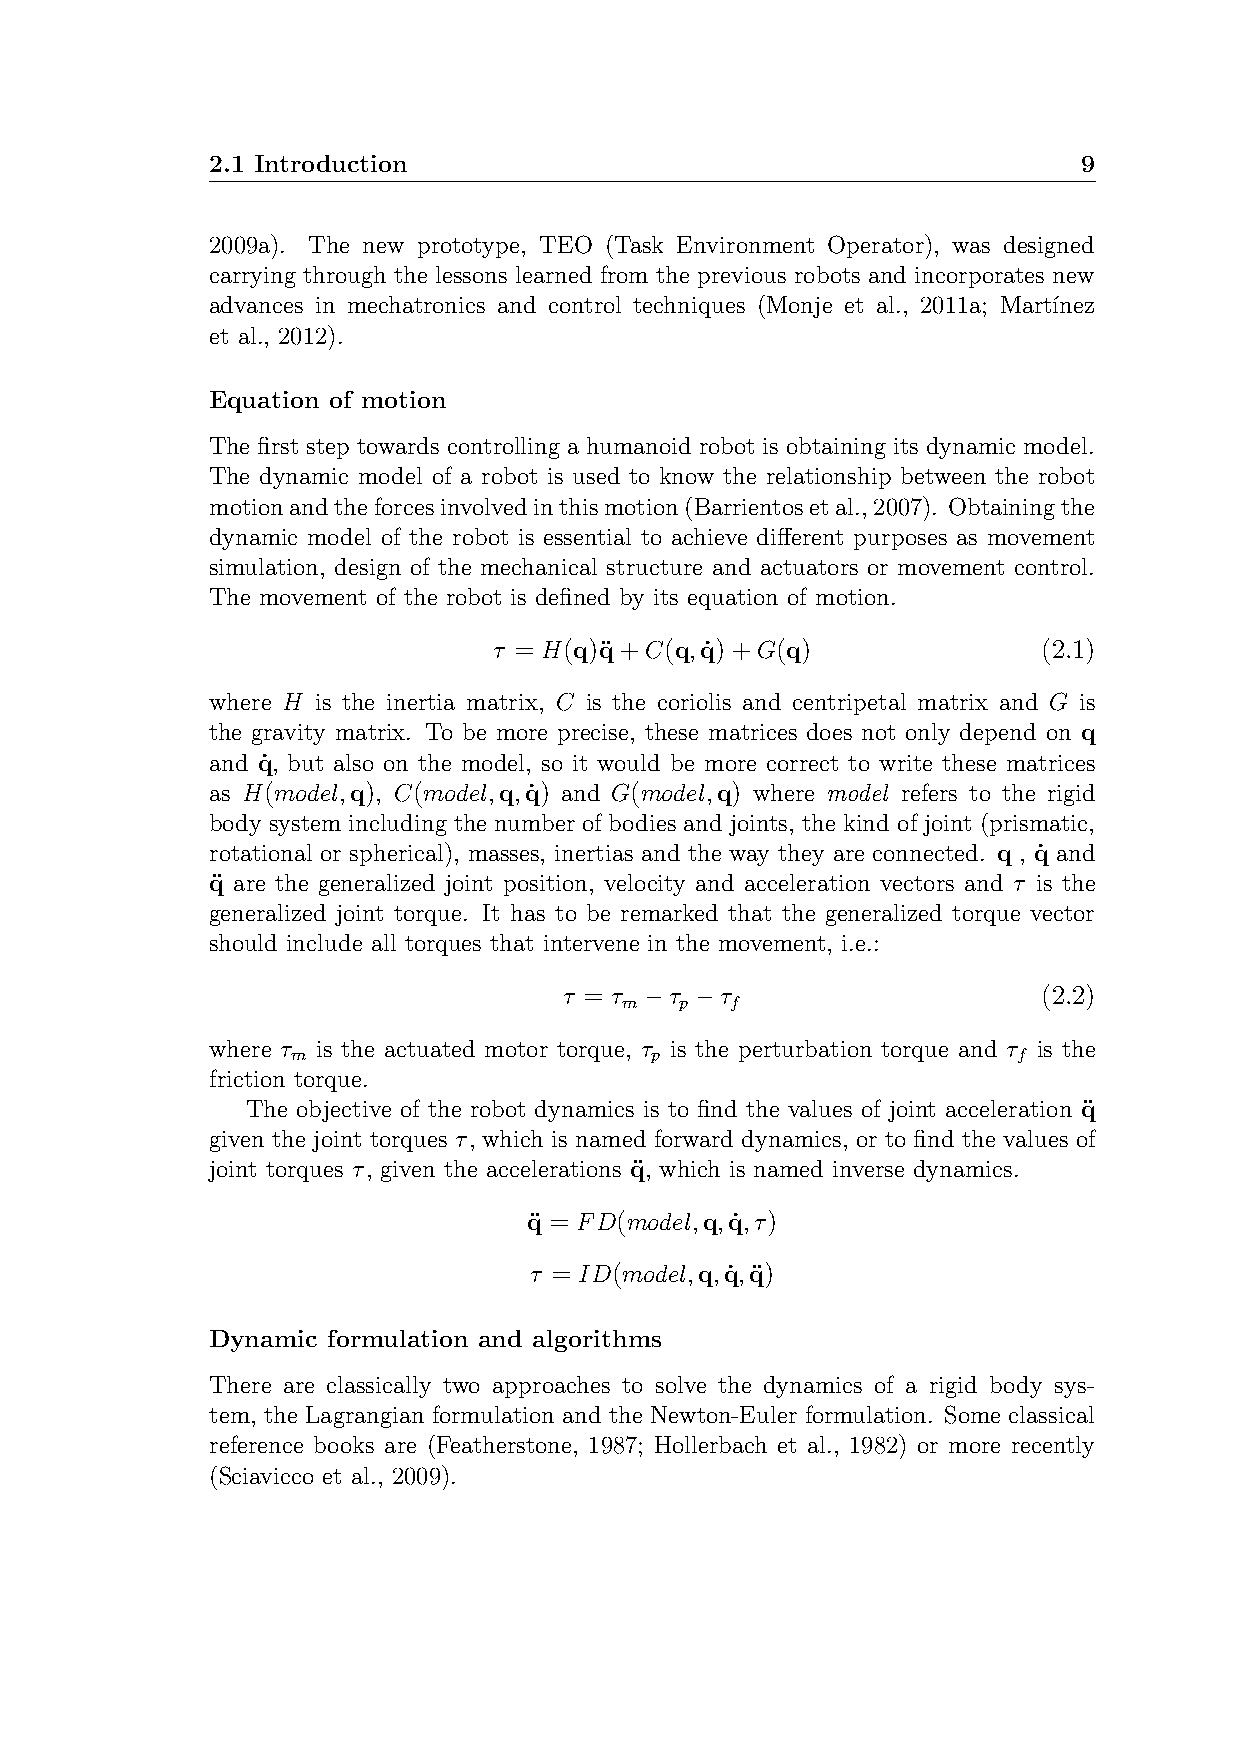
2.1 Introduction                                          9
 2009a). The new prototype, TEO (Task Environment Operator), was designed
 carrying through the lessons learned from the previous robots and incorporates new
 advances in mechatronics and control techniques (Monje et al., 2011a; Mart´ınez
 et al., 2012).
 Equation of motion
 The first step towards controlling a humanoid robot is obtaining its dynamic model.
 The dynamic model of a robot is used to know the relationship between the robot
 motionandtheforcesinvolvedinthismotion(Barrientosetal.,2007). Obtainingthe
 dynamic model of the robot is essential to achieve different purposes as movement
 simulation, design of the mechanical structure and actuators or movement control.
 The movement of the robot is defined by its equation of motion.
 τ = H(q)q¨+C(q,q˙)+G(q)             (2.1)
 where H is the inertia matrix, C is the coriolis and centripetal matrix and G is
 the gravity matrix. To be more precise, these matrices does not only depend on q
 and q˙, but also on the model, so it would be more correct to write these matrices
 as H(model,q), C(model,q,q˙) and G(model,q) where model refers to the rigid
 body system including the number of bodies and joints, the kind of joint (prismatic,
 rotational or spherical), masses, inertias and the way they are connected. q , q˙ and
 q¨ are the generalized joint position, velocity and acceleration vectors and τ is the
 generalized joint torque. It has to be remarked that the generalized torque vector
 should include all torques that intervene in the movement, i.e.:
 τ = τ −τ −τ                     (2.2)
 m   p  f
 where τ is the actuated motor torque, τ is the perturbation torque and τ is the
 m                       p                       f
 friction torque.
 The objective of the robot dynamics is to find the values of joint acceleration q¨
 given the joint torques τ, which is named forward dynamics, or to find the values of
 joint torques τ, given the accelerations q¨, which is named inverse dynamics.
 q¨ = FD(model,q,q˙,τ)
 τ = ID(model,q,q˙,q¨)
 Dynamic formulation and algorithms
 There are classically two approaches to solve the dynamics of a rigid body sys-
 tem, the Lagrangian formulation and the Newton-Euler formulation. Some classical
 reference books are (Featherstone, 1987; Hollerbach et al., 1982) or more recently
 (Sciavicco et al., 2009).